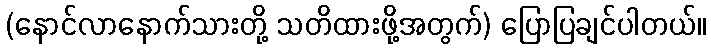
(နောင်လာနောက်သားတို့ သတိထားဖို့အတွက်) ပြောပြချင်ပါတယ်။